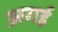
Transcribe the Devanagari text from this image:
अगई